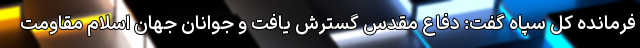
فرمانده کل سپاه گفت: دفاع مقدس گسترش یافت و جوانان جهان اسلام مقاومت